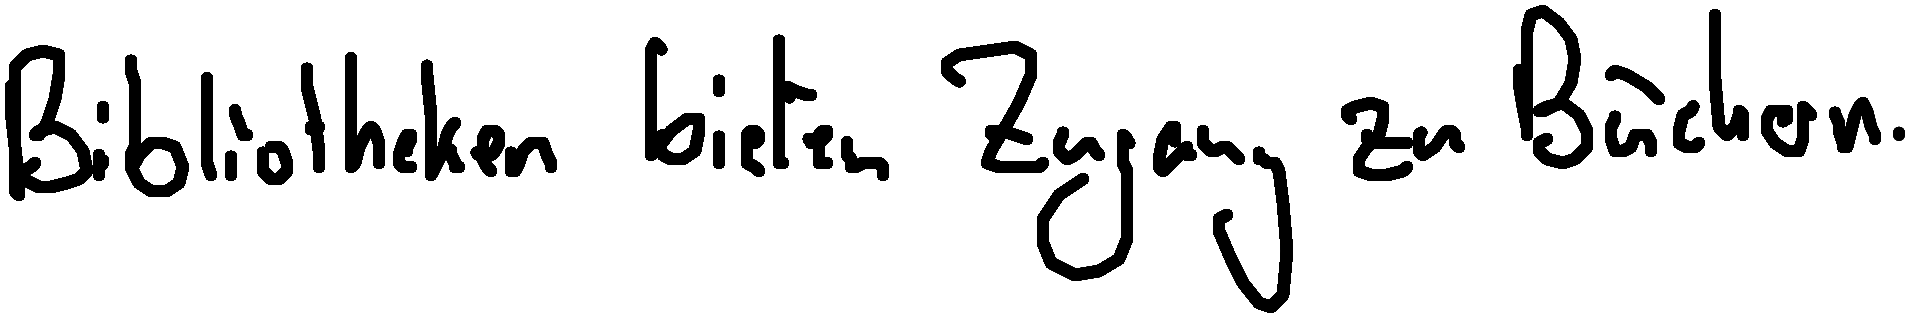
Bibliotheken bieten Zugang zu Büchern.